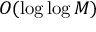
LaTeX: O ( \log \log M )